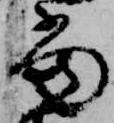
当